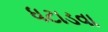
ધટાડવા